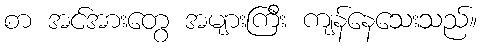
စာ အင်အားတွေ အများကြီး ကျန်နေသေးသည်။